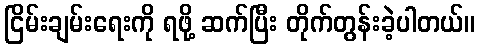
ငြိမ်းချမ်းရေးကို ရဖို့ ဆက်ပြီး တိုက်တွန်းခဲ့ပါတယ်။